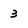
Character: 3